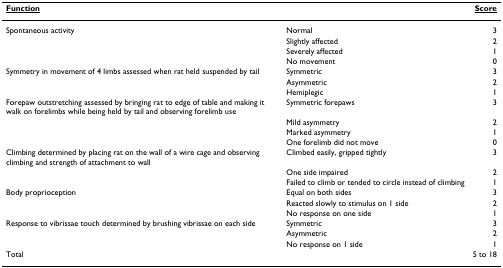
| <underline>Function</underline> |  | <underline>Score</underline> |
 | --- | --- | --- |
 | Spontaneous activity | Normal | 3 |
 |  | Slightly affected | 2 |
 |  | Severely affected | 1 |
 |  | No movement | 0 |
 | Symmetry in movement of 4 limbs assessed when rat held suspended by tail | Symmetric | 3 |
 |  | Asymmetric | 2 |
 |  | Hemiplegic | 1 |
 | Forepaw outstretching assessed by bringing rat to edge of table and making it walk on forelimbs while being held by tail and observing forelimb use | Symmetric forepaws | 3 |
 |  | Mild asymmetry | 2 |
 |  | Marked asymmetry | 1 |
 |  | One forelimb did not move | 0 |
 | Climbing determined by placing rat on the wall of a wire cage and observing climbing and strength of attachment to wall | Climbed easily, gripped tightly | 3 |
 |  | One side impaired | 2 |
 |  | Failed to climb or tended to circle instead of climbing | 1 |
 | Body proprioception | Equal on both sides | 3 |
 |  | Reacted slowly to stimulus on 1 side | 2 |
 |  | No response on one side | 1 |
 | Response to vibrissae touch determined by brushing vibrissae on each side | Symmetric | 3 |
 |  | Asymmetric | 2 |
 |  | No response on 1 side | 1 |
 | Total |  | 5 to 18 |